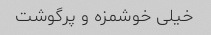
خیلی خوشمزه و پرگوشت